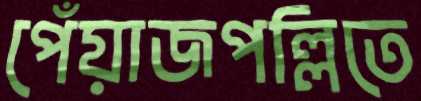
পেঁয়াজপল্লিতে